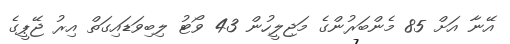
އޭނާ އަށް 85 މެންބަރުންގެ މަޖިލީހުން 43 ވޯޓު ލިބިވަޑައިގަތް އިރު ޖޭޕީގެ